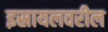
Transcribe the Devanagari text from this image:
इस्रायलवरील